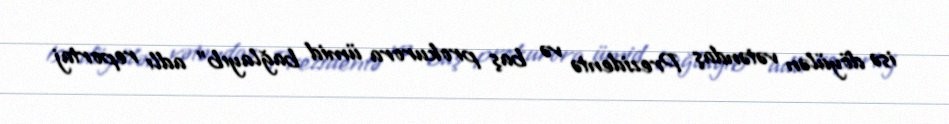
isə döyülən vətəndaş Prezidentə və baş prokurora ümid bağlayıb” adlı reportaj